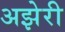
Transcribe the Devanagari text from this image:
अझेरी